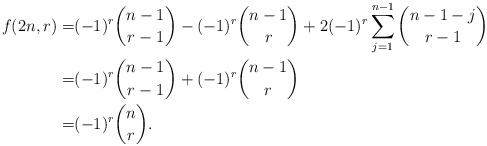
\begin{align*} f(2n,r)=&(-1)^r\binom{n-1}{r-1} -(-1)^r\binom{n-1}{r}+2(-1)^r \sum_{j=1}^{n-1} \binom{n-1-j}{r-1} \\=&(-1)^r\binom{n-1}{r-1} +(-1)^r \binom{n-1}{r} \\=&(-1)^r\binom{n}{r}.\end{align*}